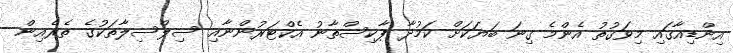
އިންޑިއާގައި މިވަގުތު އެންމެ ގިނަ ބަޔަކަށް ކަމުދާ ޕާކިސްތާނު އެކްޓަރުންނާއި ސިލްސިލާތަކުގެ ތެރެއިން